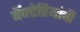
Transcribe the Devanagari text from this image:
बॅक्‍टेरियांची